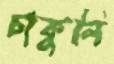
চাকুলি